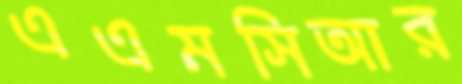
এএমসিআর